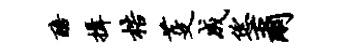
醅揖梏芟成恁尔